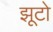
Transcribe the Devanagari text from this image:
झूटो